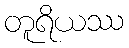
တူရိယဿ